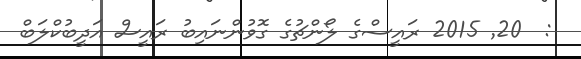
:  20